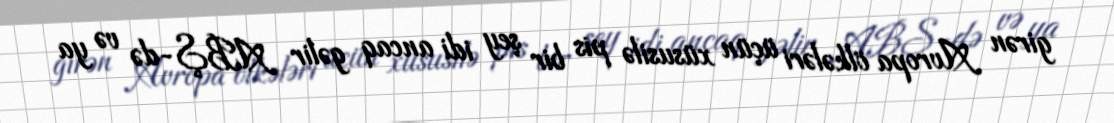
girən Avropa ölkələri üçün xüsusilə pis bir şey idi ancaq gəlir ABŞ-də və ya